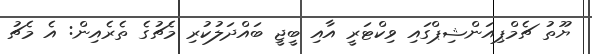
ޔޫތު ޗެމްޕިއަންޝިޕްގައި ވިކްޓަރީ އާއި ބީޖީ ބައްދަލުކުރި މެޗުގެ ތެރެއިން: އެ މެޗު